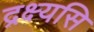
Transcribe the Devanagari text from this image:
द्रक्ष्यसि